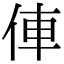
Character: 俥